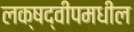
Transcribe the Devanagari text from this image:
लक्षद्वीपमधील